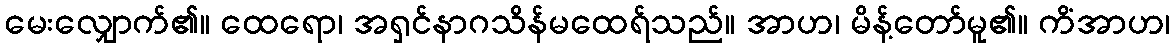
မေးလျှောက်၏။ ထေရော၊ အရှင်နာဂသိန်မထေရ်သည်။ အာဟ၊ မိန့်တော်မူ၏။ ကိံအာဟ၊